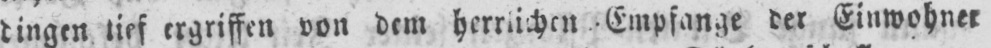
dingen tief ergriffen von dem herrlichen Empfange der Einwohner